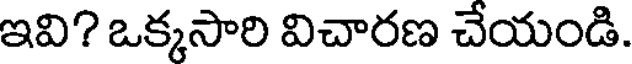
ఇవి? ఒక్కసారి విచారణ చేయండి.